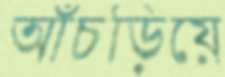
আঁচড়িয়ে